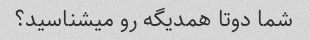
شما دوتا همدیگه رو میشناسید؟